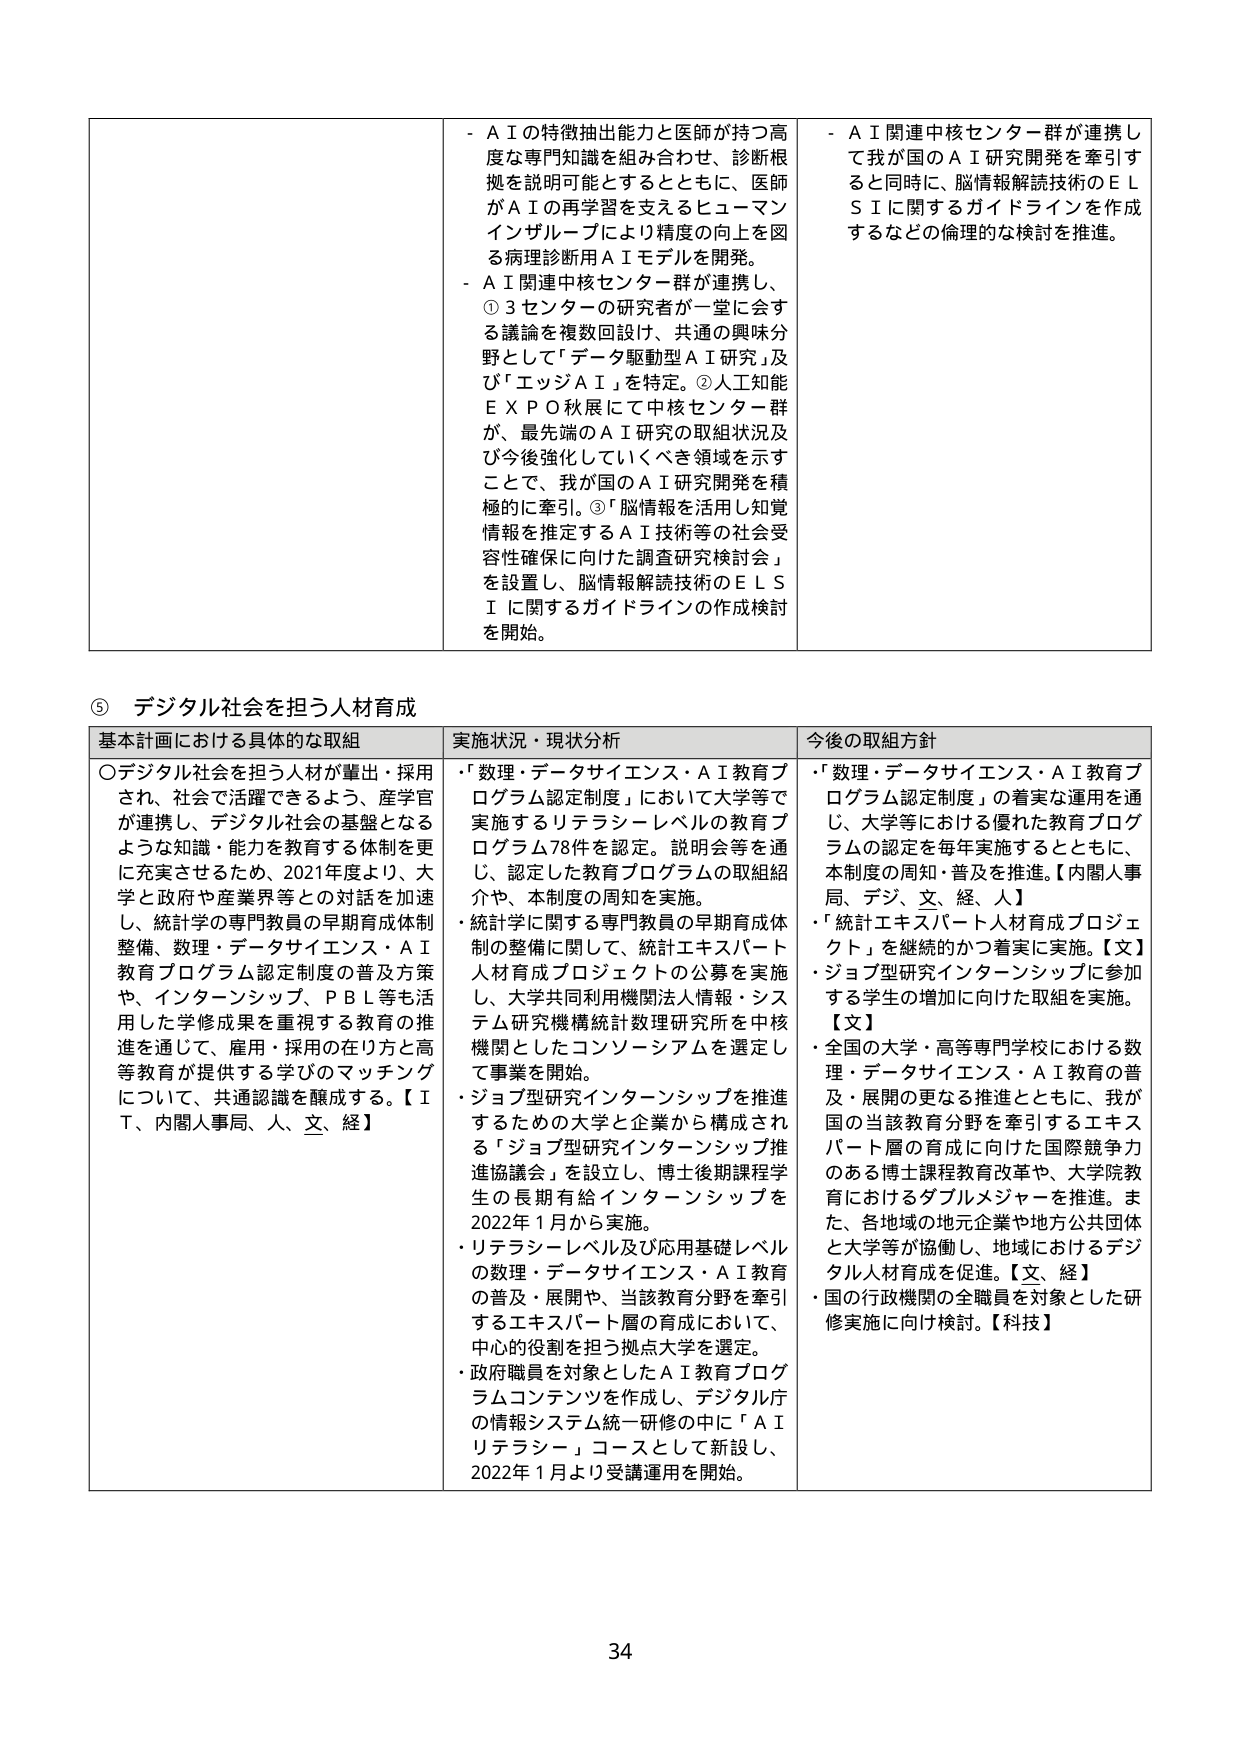
- ＡＩの特徴抽出能力と医師が持つ高度な専門知識を組み合わせ、診断根拠を説明可能とするとともに、医師がＡＩの再学習を支えるヒューマンインザループにより精度の向上を図る病理診断用ＡＩモデルを開発。
- ＡＩ関連中核センター群が連携し、①３センターの研究者が一堂に会する議論を複数回設け、共通の興味分野として「データ駆動型ＡＩ研究」及び「エッジＡＩ」を特定。②人工知能ＥＸＰＯ秋展にて中核センター群が、最先端のＡＩ研究の取組状況及び今後強化していくべき領域を示すことで、我が国のＡＩ研究開発を積極的に牽引。③「脳情報を活用し知覚情報を推定するＡＩ技術等の社会受容性確保に向けた調査研究検討会」を設置し、脳情報解読技術のＥＬＳＩに関するガイドラインの作成検討を開始。
- ＡＩ関連中核センター群が連携して我が国のＡＩ研究開発を牽引すると同時に、脳情報解読技術のＥＬＳＩに関するガイドラインを作成するなどの倫理的な検討を推進。

⑤ デジタル社会を担う人材育成

基本計画における具体的な取組
〇デジタル社会を担う人材が輩出・採用され、社会で活躍できるよう、産学官が連携し、デジタル社会の基盤となるような知識・能力を教育する体制を更に充実させるため、2021年度より、大学と政府や産業界等との対話を加速し、統計学の専門教員の早期育成体制整備、数理・データサイエンス・ＡＩ教育プログラム認定制度の普及方策や、インターンシップ、ＰＢＬ等も活用した学修成果を重視する教育の推進を通じて、雇用・採用の在り方と高等教育が提供する学びのマッチングについて、共通認識を醸成する。【ＩＴ、内閣人事局、人、文、経】

実施状況・現状分析
・「数理・データサイエンス・ＡＩ教育プログラム認定制度」において大学等で実施するリテラシーレベルの教育プログラム78件を認定。説明会等を通じ、認定した教育プログラムの取組紹介や、本制度の周知を実施。
・統計学に関する専門教員の早期育成体制の整備に関して、統計エキスパート人材育成プロジェクトの公募を実施し、大学共同利用機関法人情報・システム研究機構統計数理研究所を中核機関としたコンソーシアムを選定して事業を開始。
・ジョブ型研究インターンシップを推進するための大学と企業から構成される「ジョブ型研究インターンシップ推進協議会」を設立し、博士後期課程学生の長期有給インターンシップを2022年1月から実施。
・リテラシーレベル及び応用基礎レベルの数理・データサイエンス・ＡＩ教育の普及・展開や、当該教育分野を牽引するエキスパート層の育成において、中心的役割を担う拠点大学を選定。
・政府職員を対象としたＡＩ教育プログラムコンテンツを作成し、デジタル庁の情報システム統一研修の中に「ＡＩリテラシー」コースとして新設し、2022年1月より受講運用を開始。

今後の取組方針
・「数理・データサイエンス・ＡＩ教育プログラム認定制度」の着実な運用を通じ、大学等における優れた教育プログラムの認定を毎年実施するとともに、本制度の周知・普及を推進。【内閣人事局、デジ、文、経、人】
・「統計エキスパート人材育成プロジェクト」を継続的かつ着実に実施。【文】
・ジョブ型研究インターンシップに参加する学生の増加に向けた取組を実施。【文】
・全国の大学・高等専門学校における数理・データサイエンス・ＡＩ教育の普及・展開の更なる推進とともに、我が国の当該教育分野を牽引するエキスパート層の育成に向けた国際競争力のある博士課程教育改革や、大学院教育におけるダブルメジャーを推進。また、各地域の地元企業や地方公共団体と大学等が協働し、地域におけるデジタル人材育成を促進。【文、経】
・国の行政機関の全職員を対象とした研修実施に向け検討。【科技】

34